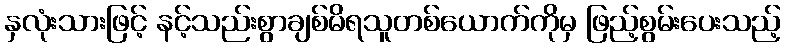
နှလုံးသားဖြင့် နင့်သည်းစွာချစ်မိရသူတစ်ယောက်ကိုမှ ဖြည့်စွမ်းပေးသည့်